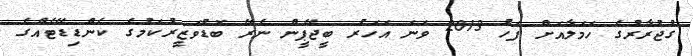
ގުޖުރާރުގެ ހަމަލާއަށް ފަހު 2013 ވަނަ އަހަރު ބީޖޭޕީން ނެރޭ ބޮޑުވަޒީރުކަމުގެ ކެންޑިޑޭޓެއްގެ